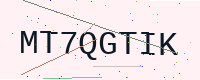
Text: MT7QGTIK